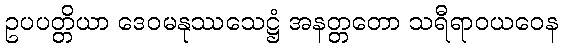
ဥပပတ္တိယာ ဒေဝမနုဿသေဋ္ဌံ အနတ္တတော သရီရာဝယဝေန